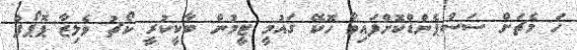
ހަ މެޗަށް ސަސްޕެންޑްކޮށްފައިވާ ހޮކޭ ގައުމީ ޓީމުން ބާކީކުރީ ކޯޗު ވެލިޒާ ޕޮޕޯފް